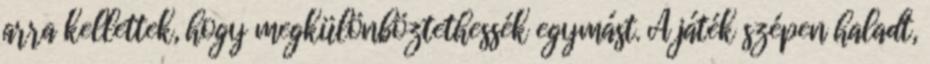
arra kellettek, hogy megkülönböztethessék egymást. A játék szépen haladt,